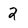
Character: 2